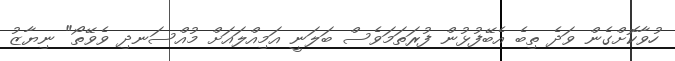
ހުވާކޮށްގެން ވަދެ ތިބެ އެބޭފުޅުން ފުރަތަމަވެސް ބަލަނީ އަމިއްލައަށް މުއްސަނދި ވެވޭތޯ" ނިޔާޒު